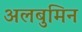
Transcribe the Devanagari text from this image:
अलबुमिन